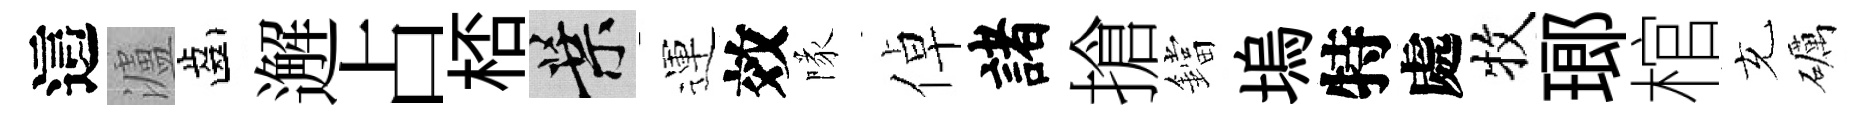
這瀘齒邂占桮葉運效隊倬諸搶鐺塢特處牧瑯棺充礪